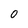
Character: 0